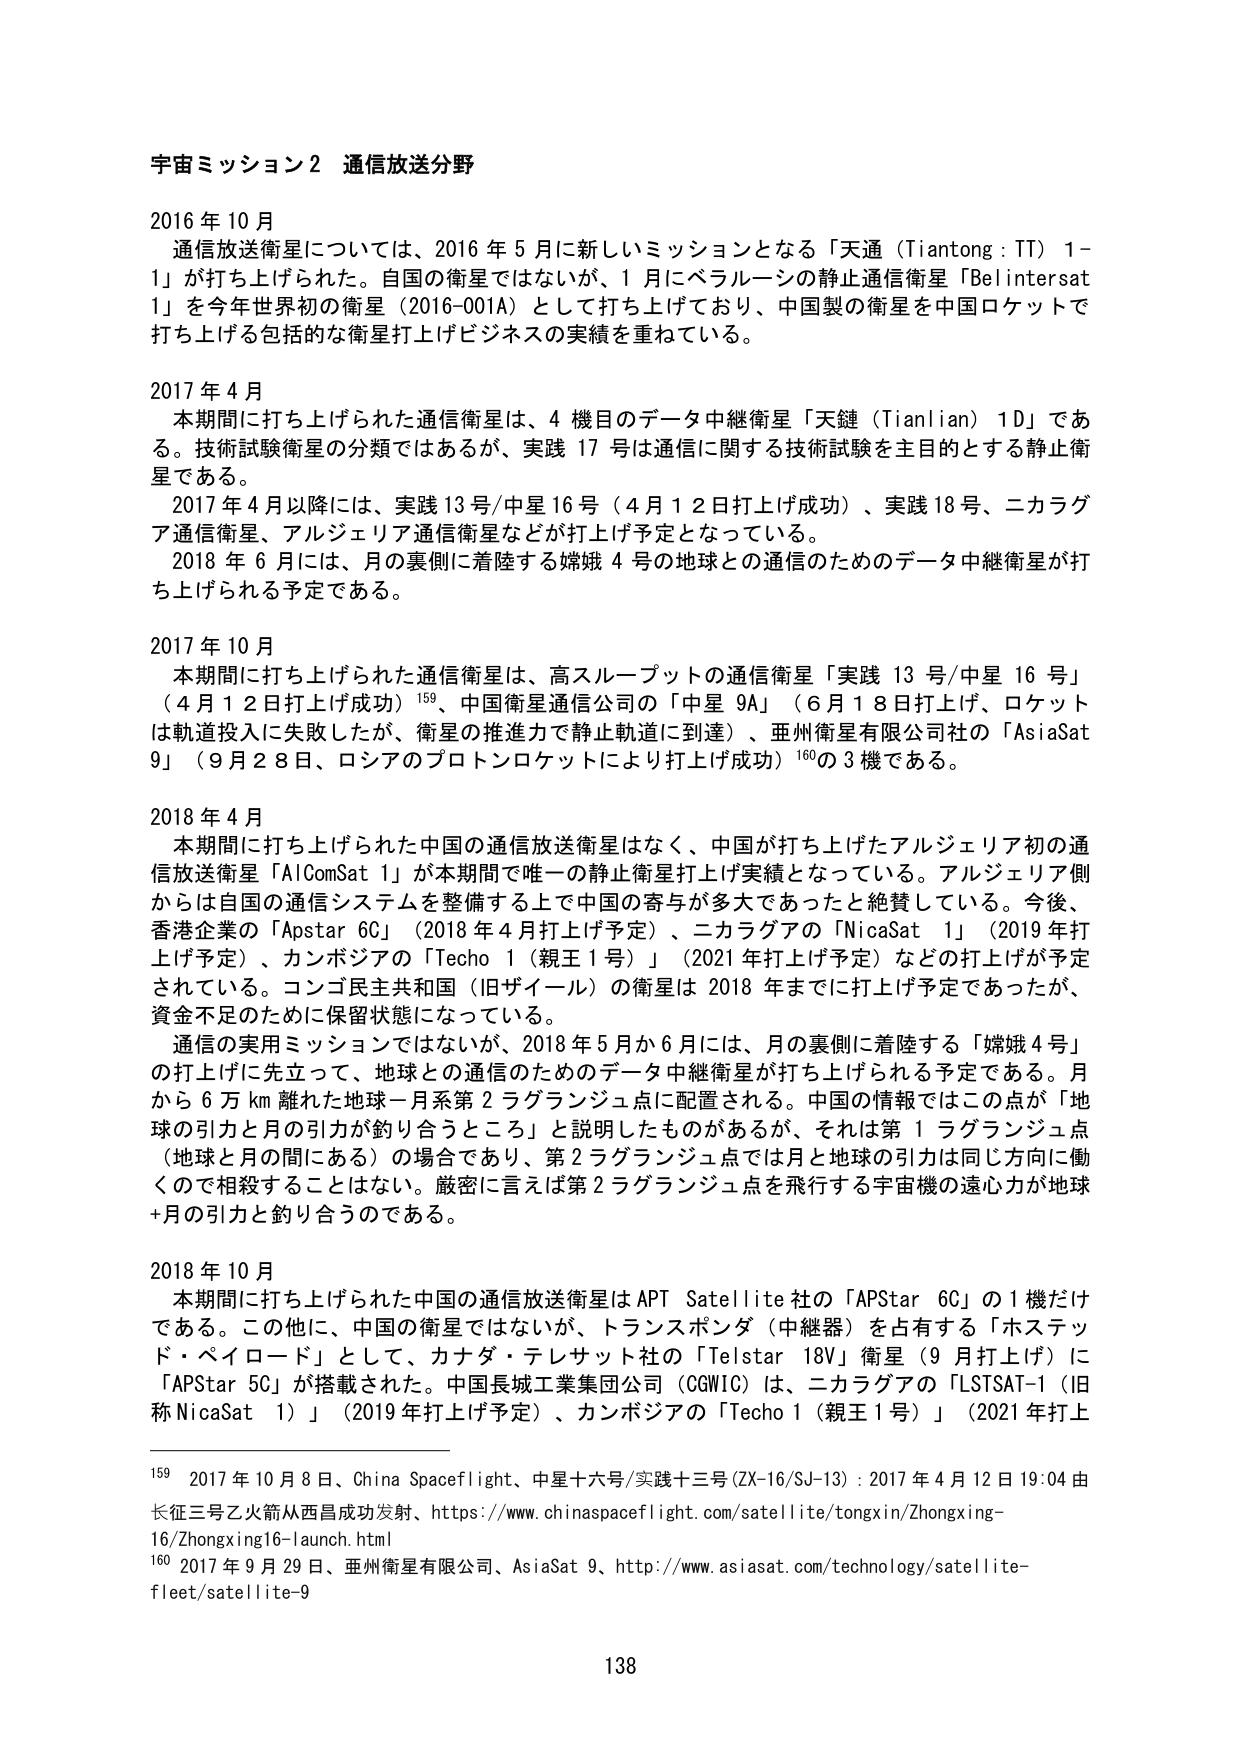
宇宙ミッション２ 通信放送分野

2016年10月
通信放送衛星については、2016年5月に新しいミッションとなる「天通（Tiantong：TT）1-1」が打ち上げられた。自国の衛星ではないが、1月にベラルーシの静止通信衛星「Belintersat 1」を今年世界初の衛星（2016-001A）として打ち上げており、中国製の衛星を中国ロケットで打ち上げる包括的な衛星打上げビジネスの実績を重ねている。

2017年4月
本期間に打ち上げられた通信衛星は、4機目のデータ中継衛星「天鏈（Tianlian）1D」である。技術試験衛星の分類ではあるが、実践17号は通信に関する技術試験を主目的とする静止衛星である。
2017年4月以降には、実践13号/中星16号（4月12日打ち上げ成功）、実践18号、ニカラグア通信衛星、アルジェリア通信衛星などが打ち上げ予定となっている。
2018年6月には、月の裏側に着陸する嫦娥4号の地球との通信のためのデータ中継衛星が打ち上げられる予定である。

2017年10月
本期間に打ち上げられた通信衛星は、高スループットの通信衛星「実践13号/中星16号」（4月12日打ち上げ成功）¹⁵⁹、中国衛星通信公司の「中星9A」（6月18日打ち上げ、ロケットは軌道投入に失敗したが、衛星の推進で静止軌道に到達）、亜州衛星有限公司社の「AsiaSat 9」（9月28日、ロシアのプロトンロケットにより打ち上げ成功）¹⁶⁰の3機である。

2018年4月
本期間に打ち上げられた中国の通信放送衛星はなく、中国が打ち上げたアルジェリア初の通信放送衛星「AlComSat 1」が本期間で唯一の静止衛星打上げ実績となっている。アルジェリア側からは自国の通信システムを整備する上で中国の寄与が多大であったと絶賛している。今後、香港企業の「Apstar 6C」（2018年4月打ち上げ予定）、ニカラグアの「NicaSat 1」（2019年打ち上げ予定）、カンボジアの「Techo 1（親王1号）」（2021年打ち上げ予定）などの打ち上げが予定されている。コンゴ民主共和国（旧ザイール）の衛星は2018年までに打ち上げ予定であったが、資金不足のために保留状態になっている。
通信の実用ミッションではないが、2018年5月か6月には、月の裏側に着陸する「嫦娥4号」の打上げに先立って、地球との通信のためのデータ中継衛星が打ち上げられる予定である。月から6万km離れた地球－月系第2ラグランジュ点に配置される。中国の情報ではこの点が「地球の引力と月の引力が釣り合うところ」と説明したものがあるが、それは第1ラグランジュ点（地球と月の間にある）の場合であり、第2ラグランジュ点では月と地球の引力は同じ方向に働くので相殺することはない。厳密に言えば第2ラグランジュ点を飛行する宇宙機の遠心力が地球＋月の引力と釣り合うのである。

2018年10月
本期間に打ち上げられた中国の通信放送衛星はAPT Satellite社の「APStar 6C」の1機だけである。この他に、中国の衛星ではないが、トランスポンダ（中継器）を占有する「ホステッド・ペイロード」として、カナダ・テレサット社の「Telstar 18V」衛星（9月打ち上げ）に「APStar 5C」が搭載された。中国長城工業集団公司（CGWIC）は、ニカラグアの「LSTSAT-1（旧称NicaSat 1）」（2019年打ち上げ予定）、カンボジアの「Techo 1（親王1号）」（2021年打ち上げ予定）を手がけている。

¹⁵⁹ 2017年10月8日、China Spaceflight、中星十六号/実践十三号（ZX-16/SJ-13）：2017年4月12日19:04由长征三号乙火箭从西昌成功发射、https://www.chinaspacelflight.com/satellite/tongxin/Zhongxing-16/Zhongxing16-launch.html
¹⁶⁰ 2017年9月29日、亜州衛星有限公司、AsiaSat 9、http://www.asiasat.com/technology/satellite-fleet/satellite-9

138